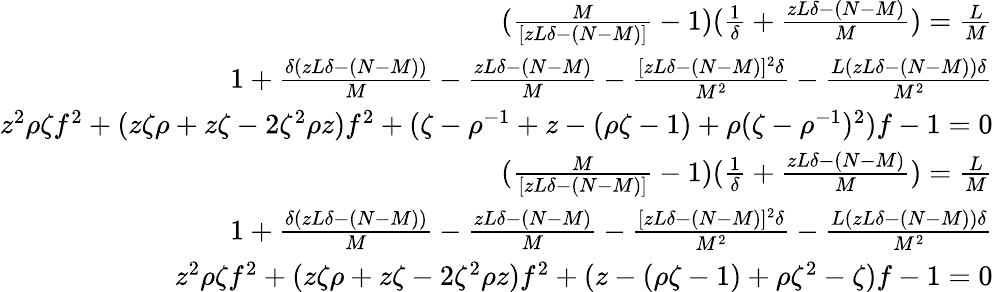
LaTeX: \begin{array}{r}{(\frac{M}{[zL\delta-(N-M)]}-1)(\frac{1}{\delta}+\frac{zL\delta-(N-M)}{M})=\frac{L}{M}}\\ {1+\frac{\delta(zL\delta-(N-M))}{M}-\frac{zL\delta-(N-M)}{M}-\frac{[zL\delta-(N-M)]^{2}\delta}{M^{2}}-\frac{L(zL\delta-(N-M))\delta}{M^{2}}}\\ {z^{2}\rho\zeta f^{2}+(z\zeta\rho+z\zeta-2\zeta^{2}\rho z)f^{2}+(\zeta-\rho^{-1}+z-(\rho\zeta-1)+\rho(\zeta-\rho^{-1})^{2})f-1=0}\\ {(\frac{M}{[zL\delta-(N-M)]}-1)(\frac{1}{\delta}+\frac{zL\delta-(N-M)}{M})=\frac{L}{M}}\\ {1+\frac{\delta(zL\delta-(N-M))}{M}-\frac{zL\delta-(N-M)}{M}-\frac{[zL\delta-(N-M)]^{2}\delta}{M^{2}}-\frac{L(zL\delta-(N-M))\delta}{M^{2}}}\\ {z^{2}\rho\zeta f^{2}+(z\zeta\rho+z\zeta-2\zeta^{2}\rho z)f^{2}+(z-(\rho\zeta-1)+\rho\zeta^{2}-\zeta)f-1=0}\end{array}